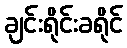
ချင်းရိုင်းခရိုင်